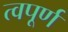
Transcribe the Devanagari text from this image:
त्वपूर्ण